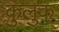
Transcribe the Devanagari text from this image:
कुलुक